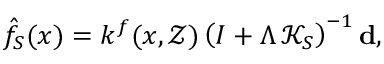
\hat { f } _ { S } ( x ) = k ^ { f } ( x , \mathcal { Z } ) \left( I + \Lambda \, \mathcal { K } _ { S } \right) ^ { - 1 } \mathbf { d } ,